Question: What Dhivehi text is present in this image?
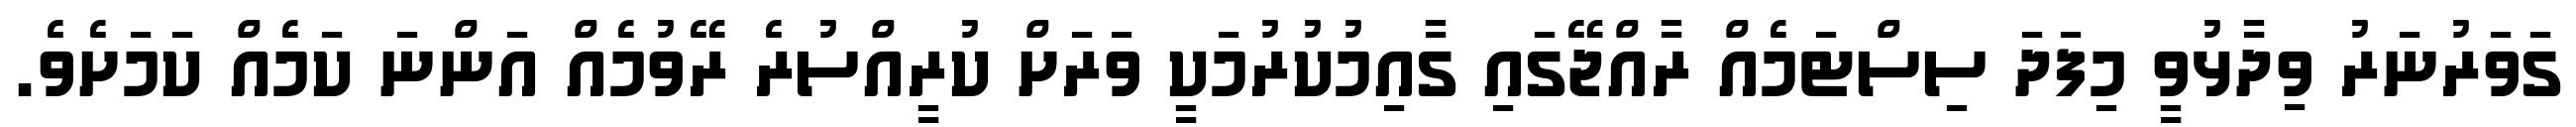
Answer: ގަވަރުނަރު ވިދާޅުވީ މިފަދަ ސިސްޓަމެއް ރާއްޖޭގައި ގާއިމުކުރުމަކީ ވަރަށް ކުރީއްސުރެ ރޭވުމެއް އަންނަ ކަމެއް ކަމަށެވެ.